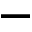
-